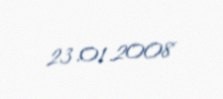
23.01.2008